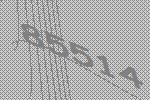
85514